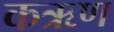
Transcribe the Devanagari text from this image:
कऋण